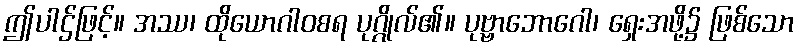
ဤပါဌ်ဖြင့်။ အဿ၊ ထိုယောဂါဝစရ ပုဂ္ဂိုလ်၏။ ပုဗ္ဗာဘောဂေါ၊ ရှေးအဖို့၌ ဖြစ်သော